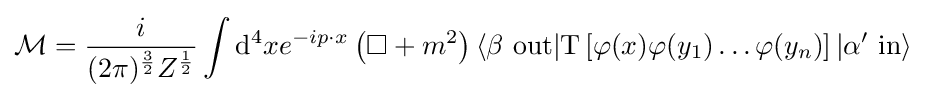
{\mathcal {M}}={\frac {i}{(2\pi )^{\frac {3}{2}}Z^{\frac {1}{2}}}}\int \mathrm {d} ^{4}xe^{-ip\cdot x}\left(\Box +m^{2}\right)\langle \beta \ \mathrm {out} |\mathrm {T} \left[\varphi (x)\varphi (y_{1})\ldots \varphi (y_{n})\right]|\alpha '\ \mathrm {in} \rangle